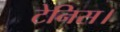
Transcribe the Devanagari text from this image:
टेनिस।